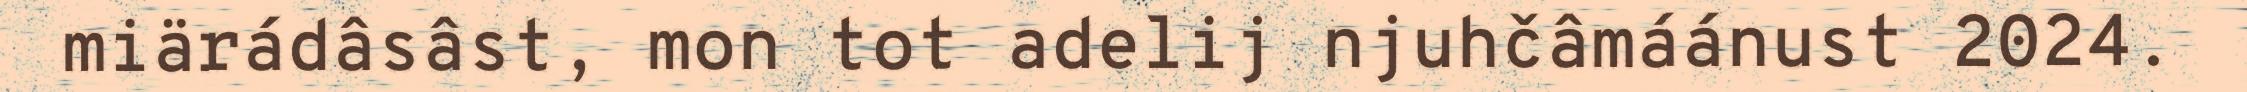
miärádâsâst, mon tot adelij njuhčâmáánust 2024.